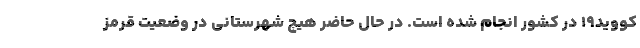
کووید۱۹ در کشور انجام شده است. در حال حاضر هیچ شهرستانی در وضعیت قرمز